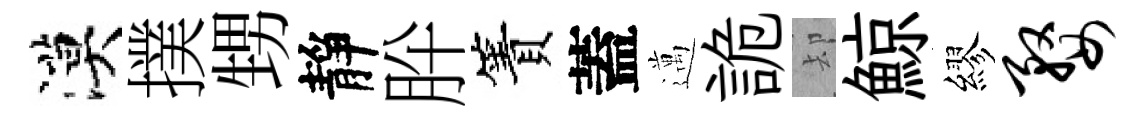
漠撲甥靜肸簀蓋邁詭却鯨繆婺